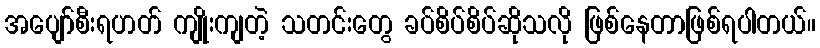
အပျော်စီးရဟတ် ကျိုးကျတဲ့ သတင်းတွေ ခပ်စိပ်စိပ်ဆိုသလို ဖြစ်နေတာဖြစ်ရပါတယ်။